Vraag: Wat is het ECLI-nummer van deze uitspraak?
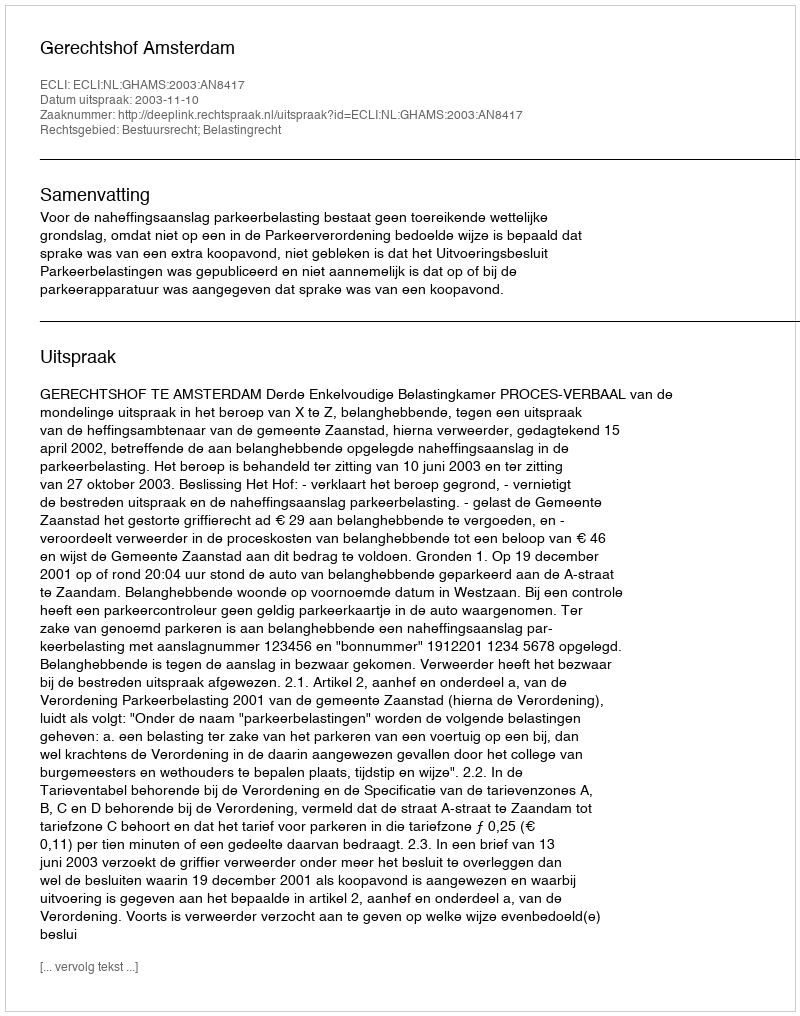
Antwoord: ECLI:NL:GHAMS:2003:AN8417